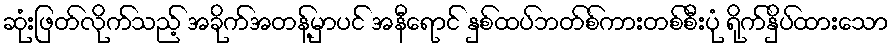
ဆုံးဖြတ်လိုက်သည့် အခိုက်အတန့်မှာပင် အနီရောင် နှစ်ထပ်ဘတ်စ်ကားတစ်စီးပုံ ရိုက်နှိပ်ထားသော